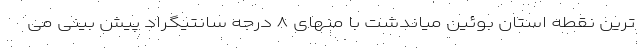
ترین نقطه استان بوئین میاندشت با منهای ۸ درجه سانتیگراد پیش بینی می